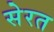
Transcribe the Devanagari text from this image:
सेरत